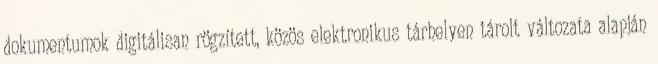
dokumentumok digitálisan rögzített, közös elektronikus tárhelyen tárolt változata alapján